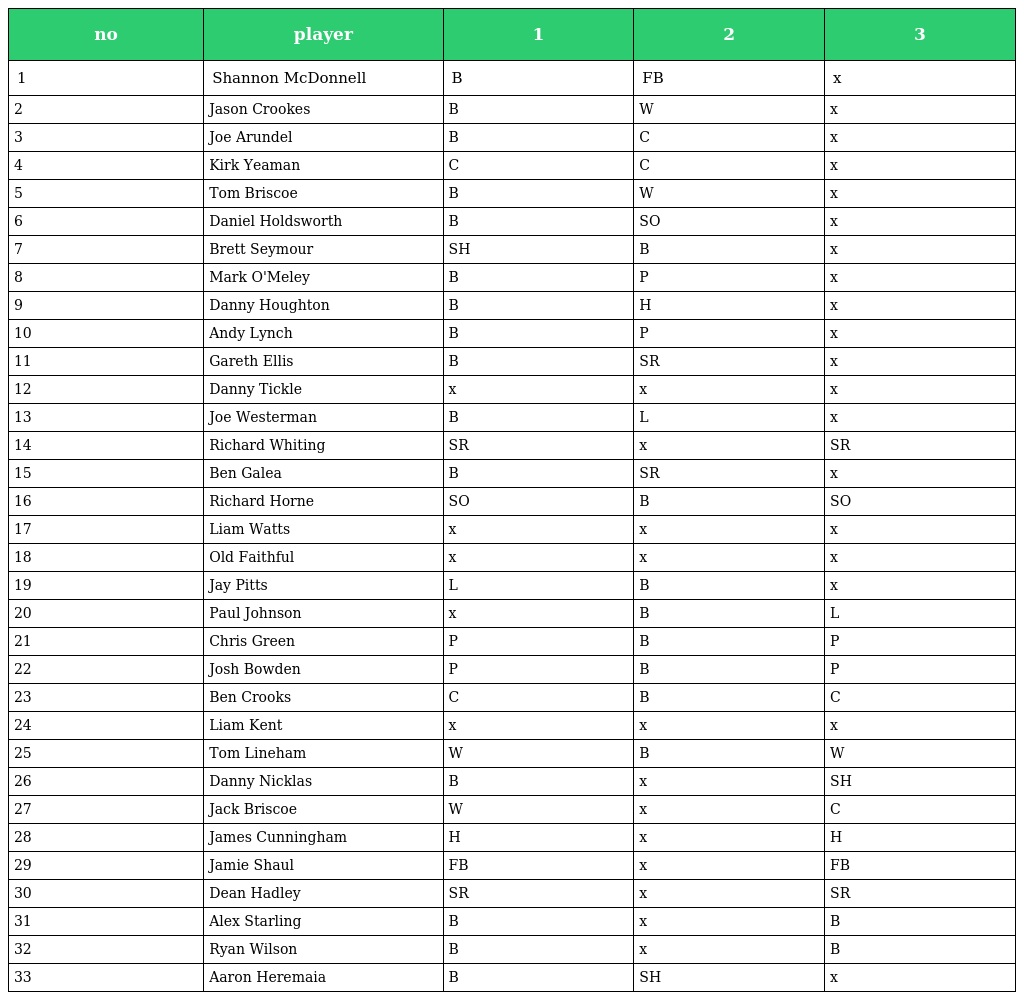
| no | player | 1 | 2 | 3 |
 | --- | --- | --- | --- | --- |
 | 1 | Shannon McDonnell | B | FB | x |
 | 2 | Jason Crookes | B | W | x |
 | 3 | Joe Arundel | B | C | x |
 | 4 | Kirk Yeaman | C | C | x |
 | 5 | Tom Briscoe | B | W | x |
 | 6 | Daniel Holdsworth | B | SO | x |
 | 7 | Brett Seymour | SH | B | x |
 | 8 | Mark O'Meley | B | P | x |
 | 9 | Danny Houghton | B | H | x |
 | 10 | Andy Lynch | B | P | x |
 | 11 | Gareth Ellis | B | SR | x |
 | 12 | Danny Tickle | x | x | x |
 | 13 | Joe Westerman | B | L | x |
 | 14 | Richard Whiting | SR | x | SR |
 | 15 | Ben Galea | B | SR | x |
 | 16 | Richard Horne | SO | B | SO |
 | 17 | Liam Watts | x | x | x |
 | 18 | Old Faithful | x | x | x |
 | 19 | Jay Pitts | L | B | x |
 | 20 | Paul Johnson | x | B | L |
 | 21 | Chris Green | P | B | P |
 | 22 | Josh Bowden | P | B | P |
 | 23 | Ben Crooks | C | B | C |
 | 24 | Liam Kent | x | x | x |
 | 25 | Tom Lineham | W | B | W |
 | 26 | Danny Nicklas | B | x | SH |
 | 27 | Jack Briscoe | W | x | C |
 | 28 | James Cunningham | H | x | H |
 | 29 | Jamie Shaul | FB | x | FB |
 | 30 | Dean Hadley | SR | x | SR |
 | 31 | Alex Starling | B | x | B |
 | 32 | Ryan Wilson | B | x | B |
 | 33 | Aaron Heremaia | B | SH | x |